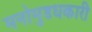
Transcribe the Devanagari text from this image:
मनोमुडधकारी